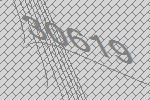
30619